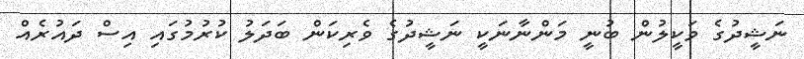
ނަޝީދުގެ ވަކީލުން ބުނީ މަންނާނަކީ ނަޝީދުގެ ވެރިކަން ބަދަލު ކުރުމުގައި އިސް ދައުރެއް